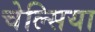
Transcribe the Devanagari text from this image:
चेल्‍सिया